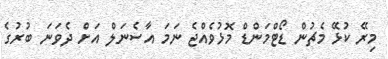
މިރޭ ކުޅޭ މެޗުން ޑޯޓްމަންޑް މޮޅުވެއްޖެ ނަމަ އާސެނަލް އަށް ދެވަނަ ބުރުގެ